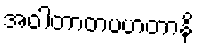
အဝါတာတပဟတာနိ